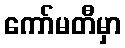
ကော်မတီမှာ